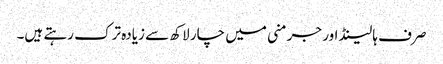
صرف ہالینڈ اور جرمنی میں چار لاکھ سے زیادہ ترک رہتے ہیں۔